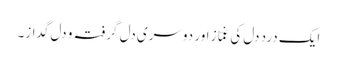
ایک دردِ دل کی غمّاز اور دوسری دل گرفتہ و دل گداز۔